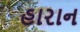
હારાન